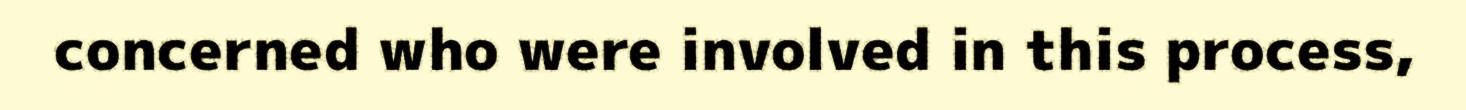
concerned who were involved in this process,